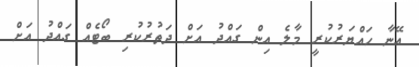
އޭނާ ހައްޔަރުކުރީ މާލެ އިން ގައްދު އަށް ދަތުރުކުރި ބޯޓެއް ގައްދު އަށް